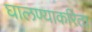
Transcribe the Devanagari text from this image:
घालण्याकरिता